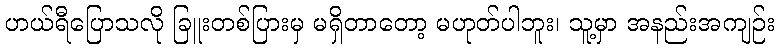
ဟယ်ရီပြောသလို ခြူးတစ်ပြားမှ မရှိတာတော့ မဟုတ်ပါဘူး၊ သူ့မှာ အနည်းအကျဉ်း